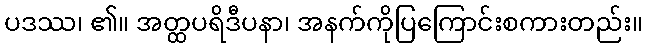
ပဒဿ၊ ၏။ အတ္ထပရိဒီပနာ၊ အနက်ကိုပြကြောင်းစကားတည်း။